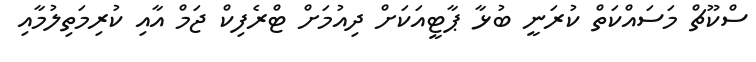
ސްކޫޗް މަސައްކަތް ކުރަނީ ބުޅާ ޕާޓީއަކަށް ދިއުމަށް ޓްރެފިކް ޖަމް އާއި ކުރިމަތިލުމާއި